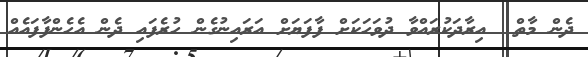
ދެން މާތް  އިރާދަކުރައްވާ ދުވަހަކަށް ފާފަޔަށް އަރައިނުގެން ހުރެފައި ދެން އެހެންފާފައެއް